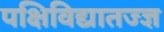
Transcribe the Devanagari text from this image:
पक्षिविद्यातज्‍ज्ञ